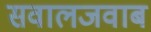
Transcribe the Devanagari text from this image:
सवालजवाब